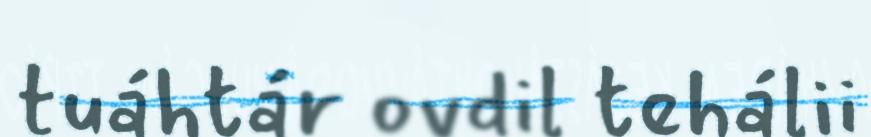
tuáhtár ovdil tehálii